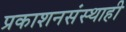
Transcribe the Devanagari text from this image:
प्रकाशनसंस्थाही